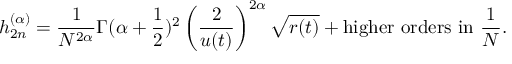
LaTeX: { h } _ { 2 n } ^ { ( \alpha ) } = \frac { 1 } { N ^ { 2 \alpha } } { \Gamma ( \alpha + \frac 1 2 ) ^ { 2 } } \left( \frac { 2 } { u ( t ) } \right) ^ { 2 \alpha } \sqrt { r ( t ) } + \mathrm { h i g h e r ~ o r d e r s ~ i n ~ } \frac 1 N .